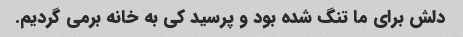
دلش برای ما تنگ شده بود و پرسید کی به خانه برمی گردیم.